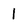
Character: 1